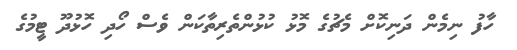
ހާފު ނިމެން ދަނިކޮށް މެޗުގެ މޮޅު ކުޅުންތެރިތާކަން ވެސް ހޯދި ހޮޅުދޫ ޓީމުގެ